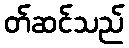
တ်ဆင်သည်